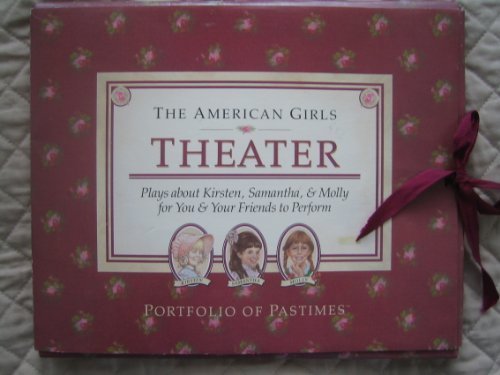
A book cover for Theater: Plays About Kirsten, Samantha, and Molly for You and Your Friends to Perform (American Girl Collection); American Girl Library; Literature & Fiction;